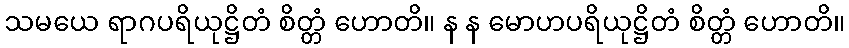
သမယေ ရာဂပရိယုဋ္ဌိတံ စိတ္တံ ဟောတိ။ န န မောဟပရိယုဋ္ဌိတံ စိတ္တံ ဟောတိ။